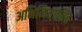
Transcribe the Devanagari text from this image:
अभिनियामित